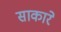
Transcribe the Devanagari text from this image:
साकारे